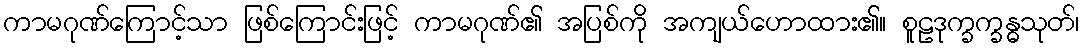
ကာမဂုဏ်ကြောင့်သာ ဖြစ်ကြောင်းဖြင့် ကာမဂုဏ်၏ အပြစ်ကို အကျယ်ဟောထား၏။ စူဠဒုက္ခက္ခန္ဓသုတ်၊